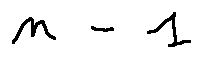
n - 1